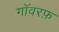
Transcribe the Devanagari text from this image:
गॉवरफ़